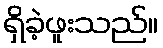
ရှိခဲ့ဖူးသည်။